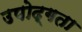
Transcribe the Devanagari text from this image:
उपोद्गता